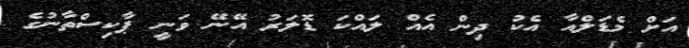
އަށް މެޑަލްއާ އެކު ދިން އެއް ލައްކަ ޑޮލަރު އޭނޭ ވަނީ ޕާކިސްތާނުގެ